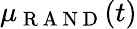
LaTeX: \mu_{\mathrm{~R~A~N~D~}}(t)